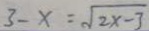
3 - x = \sqrt { 2 x - 3 }